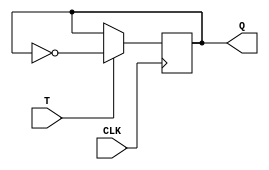
module t_flipflop (
  input T,
  input CLK,
  output reg Q);

always @(posedge CLK)
  begin
    if (T)
      Q <= ~Q;  // Toggle the output on each rising edge of the clock when T is 1
  end

endmodule